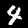
Digit: 4